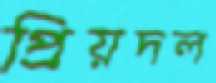
প্রিয়দল